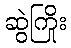
ဆွဲကြိုး